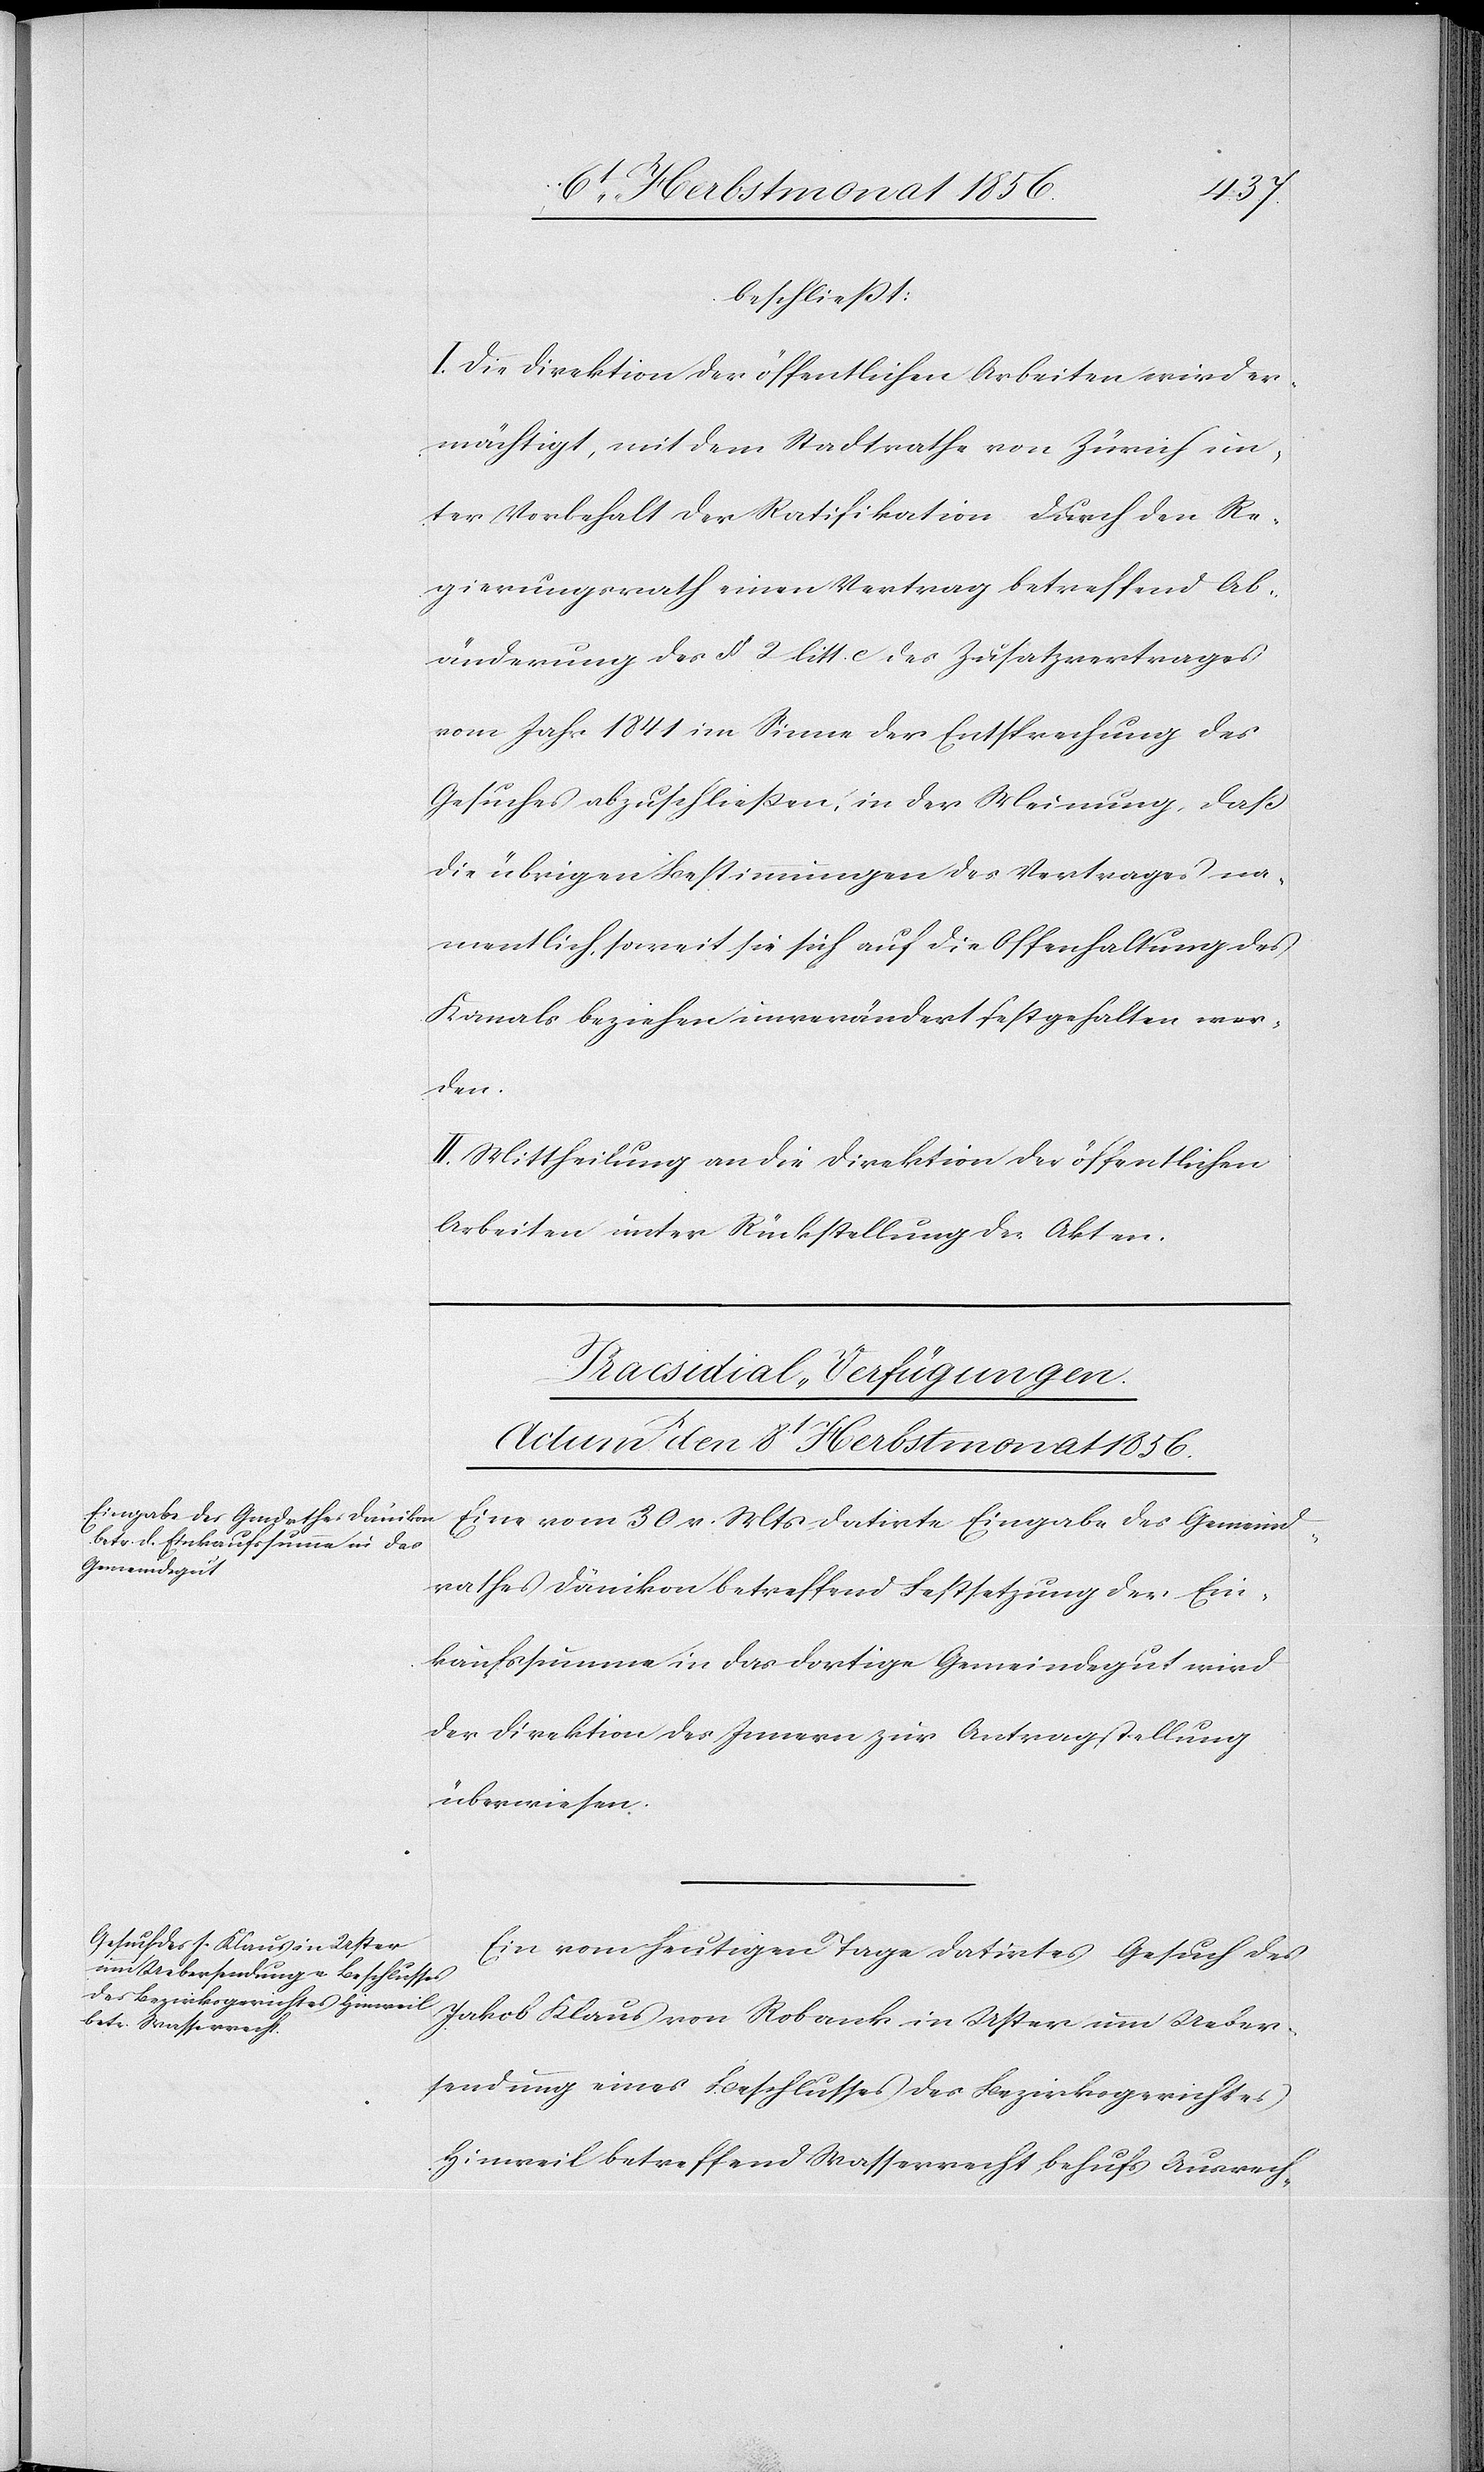
beschliesst:
I. Die Direktion der öffentlichen Arbeiten wird er¬
mächtigt, mit dem Stadtrathe von Zürich un¬
ter Vorbehalt der Ratifikation durch den Re¬
gierungsrath einen Vertrag betreffend Ab¬
änderung des § 2 litt. c des Zusatzvertrages
vom Jahr 1841 im Sinne der Entsprechung des
Gesuches abzuschliessen, in der Meinung, dass
die übrigen Bestimmungen des Vertrages na¬
mentlich, soweit sie sich auf die Offenhaltung des
Kanals beziehen unverändert festgehalten wer¬
den.
II. Mittheilung an die Direktion der öffentlichen
Arbeiten unter Rückstellung der Akten.
[Praesidial-Verfügungen.
Actum den 8t Herbstmonat 1856.]
Eine vom 30 v. Mts datirte Eingabe des Gemeind¬
rathes Dänikon betreffend Festsetzung der Ein¬
kaufssumme in das dortige Gemeindegut wird
der Direktion des Innern zur Antragstellung
überwiesen.
Ein vom heutigen Tage datirtes Gesuch des
Jakob Klaus von Robank in Uster um Ueber¬
sendung eines Beschlusses des Bezirksgerichtes
Hinweil betreffend Wasserrecht behufs Ausrech-